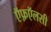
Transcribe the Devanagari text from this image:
ऍफ़ऍलसी